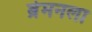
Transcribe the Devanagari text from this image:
ब्रेमनला